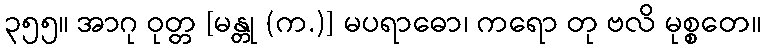
၃၅၅။ အာဂု ဝုတ္တ [မန္တု (က.)] မပရာဓော၊ ကရော တု ဗလိ မုစ္စတေ။